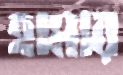
হামার